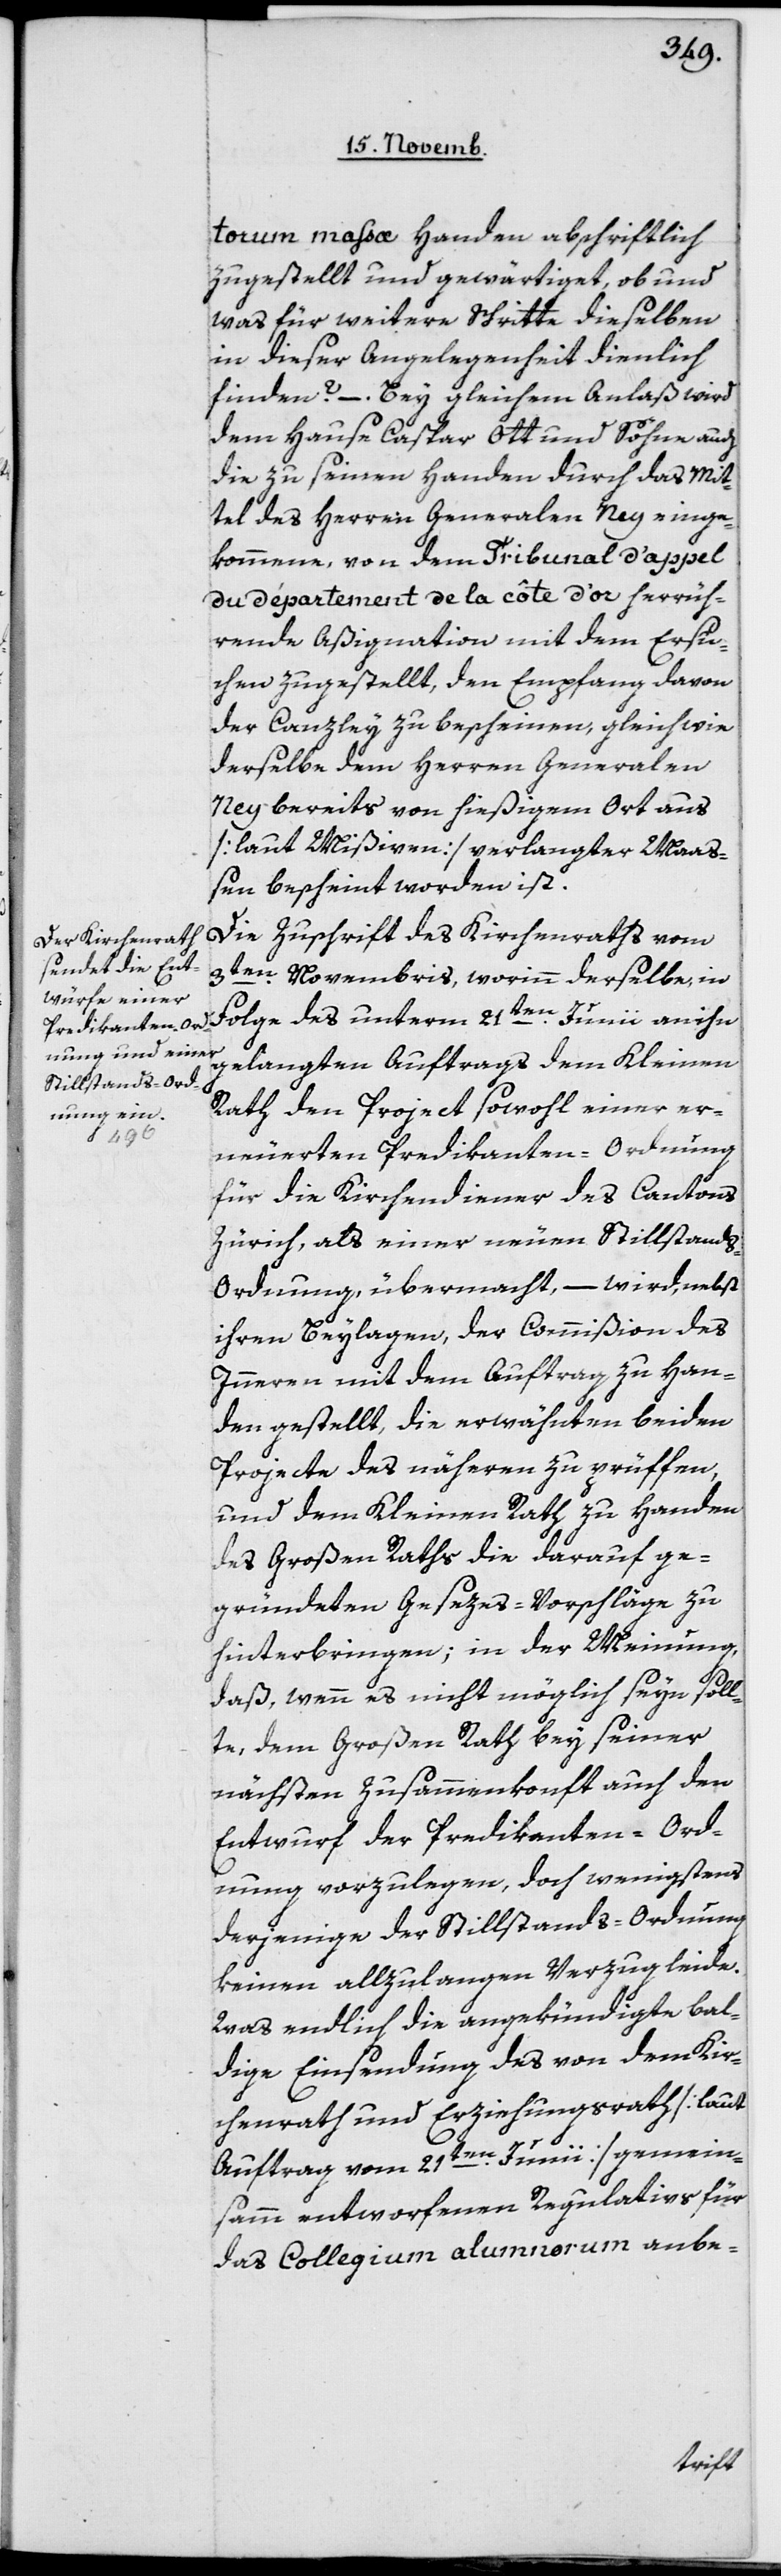
torum massae Handen abschriftlich
zugestellt und gewärtiget, ob und
was für weitere Schritte dieselben
in dieser Angelegenheit dienlich
finden? – bey gleichem Anlaß wird
dem Hause Caspar Ott und Söhne auch
die zu seinen Handen durch das Mit¬
tel des Herren Generalen Ney einge¬
kommene, von dem Tribunal d’appel
du département de la côte d’or herrüh¬
rende Aßignation mit dem Ersu¬
chen zugestellt, den Empfang davon
der Canzley zu bescheinen, gleich wie
derselbe dem Herren Generalen
Ney bereits von hießigem Ort aus
[laut Mißiven] verlangter Maaß¬
en bescheint worden ist.
Die Zuschrift des Kirchenraths vom
3ten Novembris, worinn derselbe, in
Folge des unterm 21ten Junii an ihn
gelangten Auftrags dem Kleinen
Rath den Project sowohl einer er¬
neuerten Predikanten-Ordnung
für die Kirchendiener des Cantons
Zürich, als einer neuen Stillstand¬
s-Ordnung, übermacht, – wird, nebst
ihren Beylagen der Commißion des
Inneren mit dem Auftrag zu Han¬
den gestellt, die erwähnten beiden
Projecte des näheren zu prüfen,
und dem Kleinen Rath zu Handen
des Großen Raths die darauf ge¬
gründeten Gesezes-Vorschläge zu
hinterbringen; in der Meinung,
daß, wenn es nicht möglich seyn soll¬
te, dem Großen Rath bey seiner
nächsten Zusammenkunft auch den
Entwurf der Predikanten-Ord¬
nung vorzulegen, doch wenigstens
derjenige der Stillstands-Ordnung
keinen allzulangen Verzug leide.
Was endlich die angekündigte bal¬
dige Einsendung des von dem Kir¬
chenrath und Erziehungsrath [laut
Auftrag vom 21ten Junii] gemein¬
sam entworfenen Regulativs für
das Collegium alumnorum anbe-